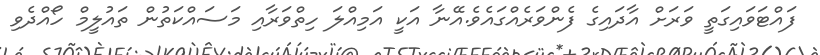
ފައްޓަވައިގަތީ ވަރަށް އާދައިގެ ފެންވަރެއްގައެވެ.އޭނާ އަކީ އަމިއްލަ ހިތްވަރާއި މަސައްކަތުން ތައުލީމް ހޯއްދެވި